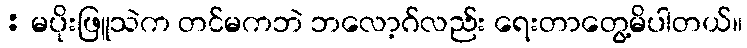
: မပိုးဖြူသဲက တင်မကဘဲ ဘလော့ဂ်လည်း ရေးတာတွေ့မိပါတယ်။